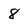
Character: 8